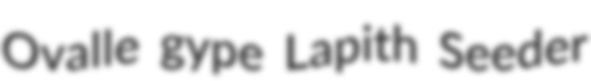
Ovalle gype Lapith Seeder